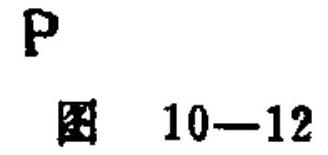
P
图 10—12